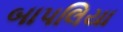
બાપલિયા